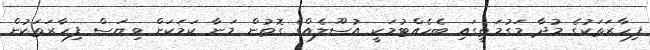
ފިހާރަތަކުގެ މުދާ މަގުމަތީގައި ބެހެއްޓުމަކީ އުސޫލެއްގެ ގޮތުން މަނާ ކަމަކަށް ވިޔަސް ފިހާރަތަކުން